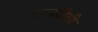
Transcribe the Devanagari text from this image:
नसबंदीची